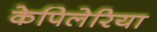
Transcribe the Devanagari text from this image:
केपिलेरिया